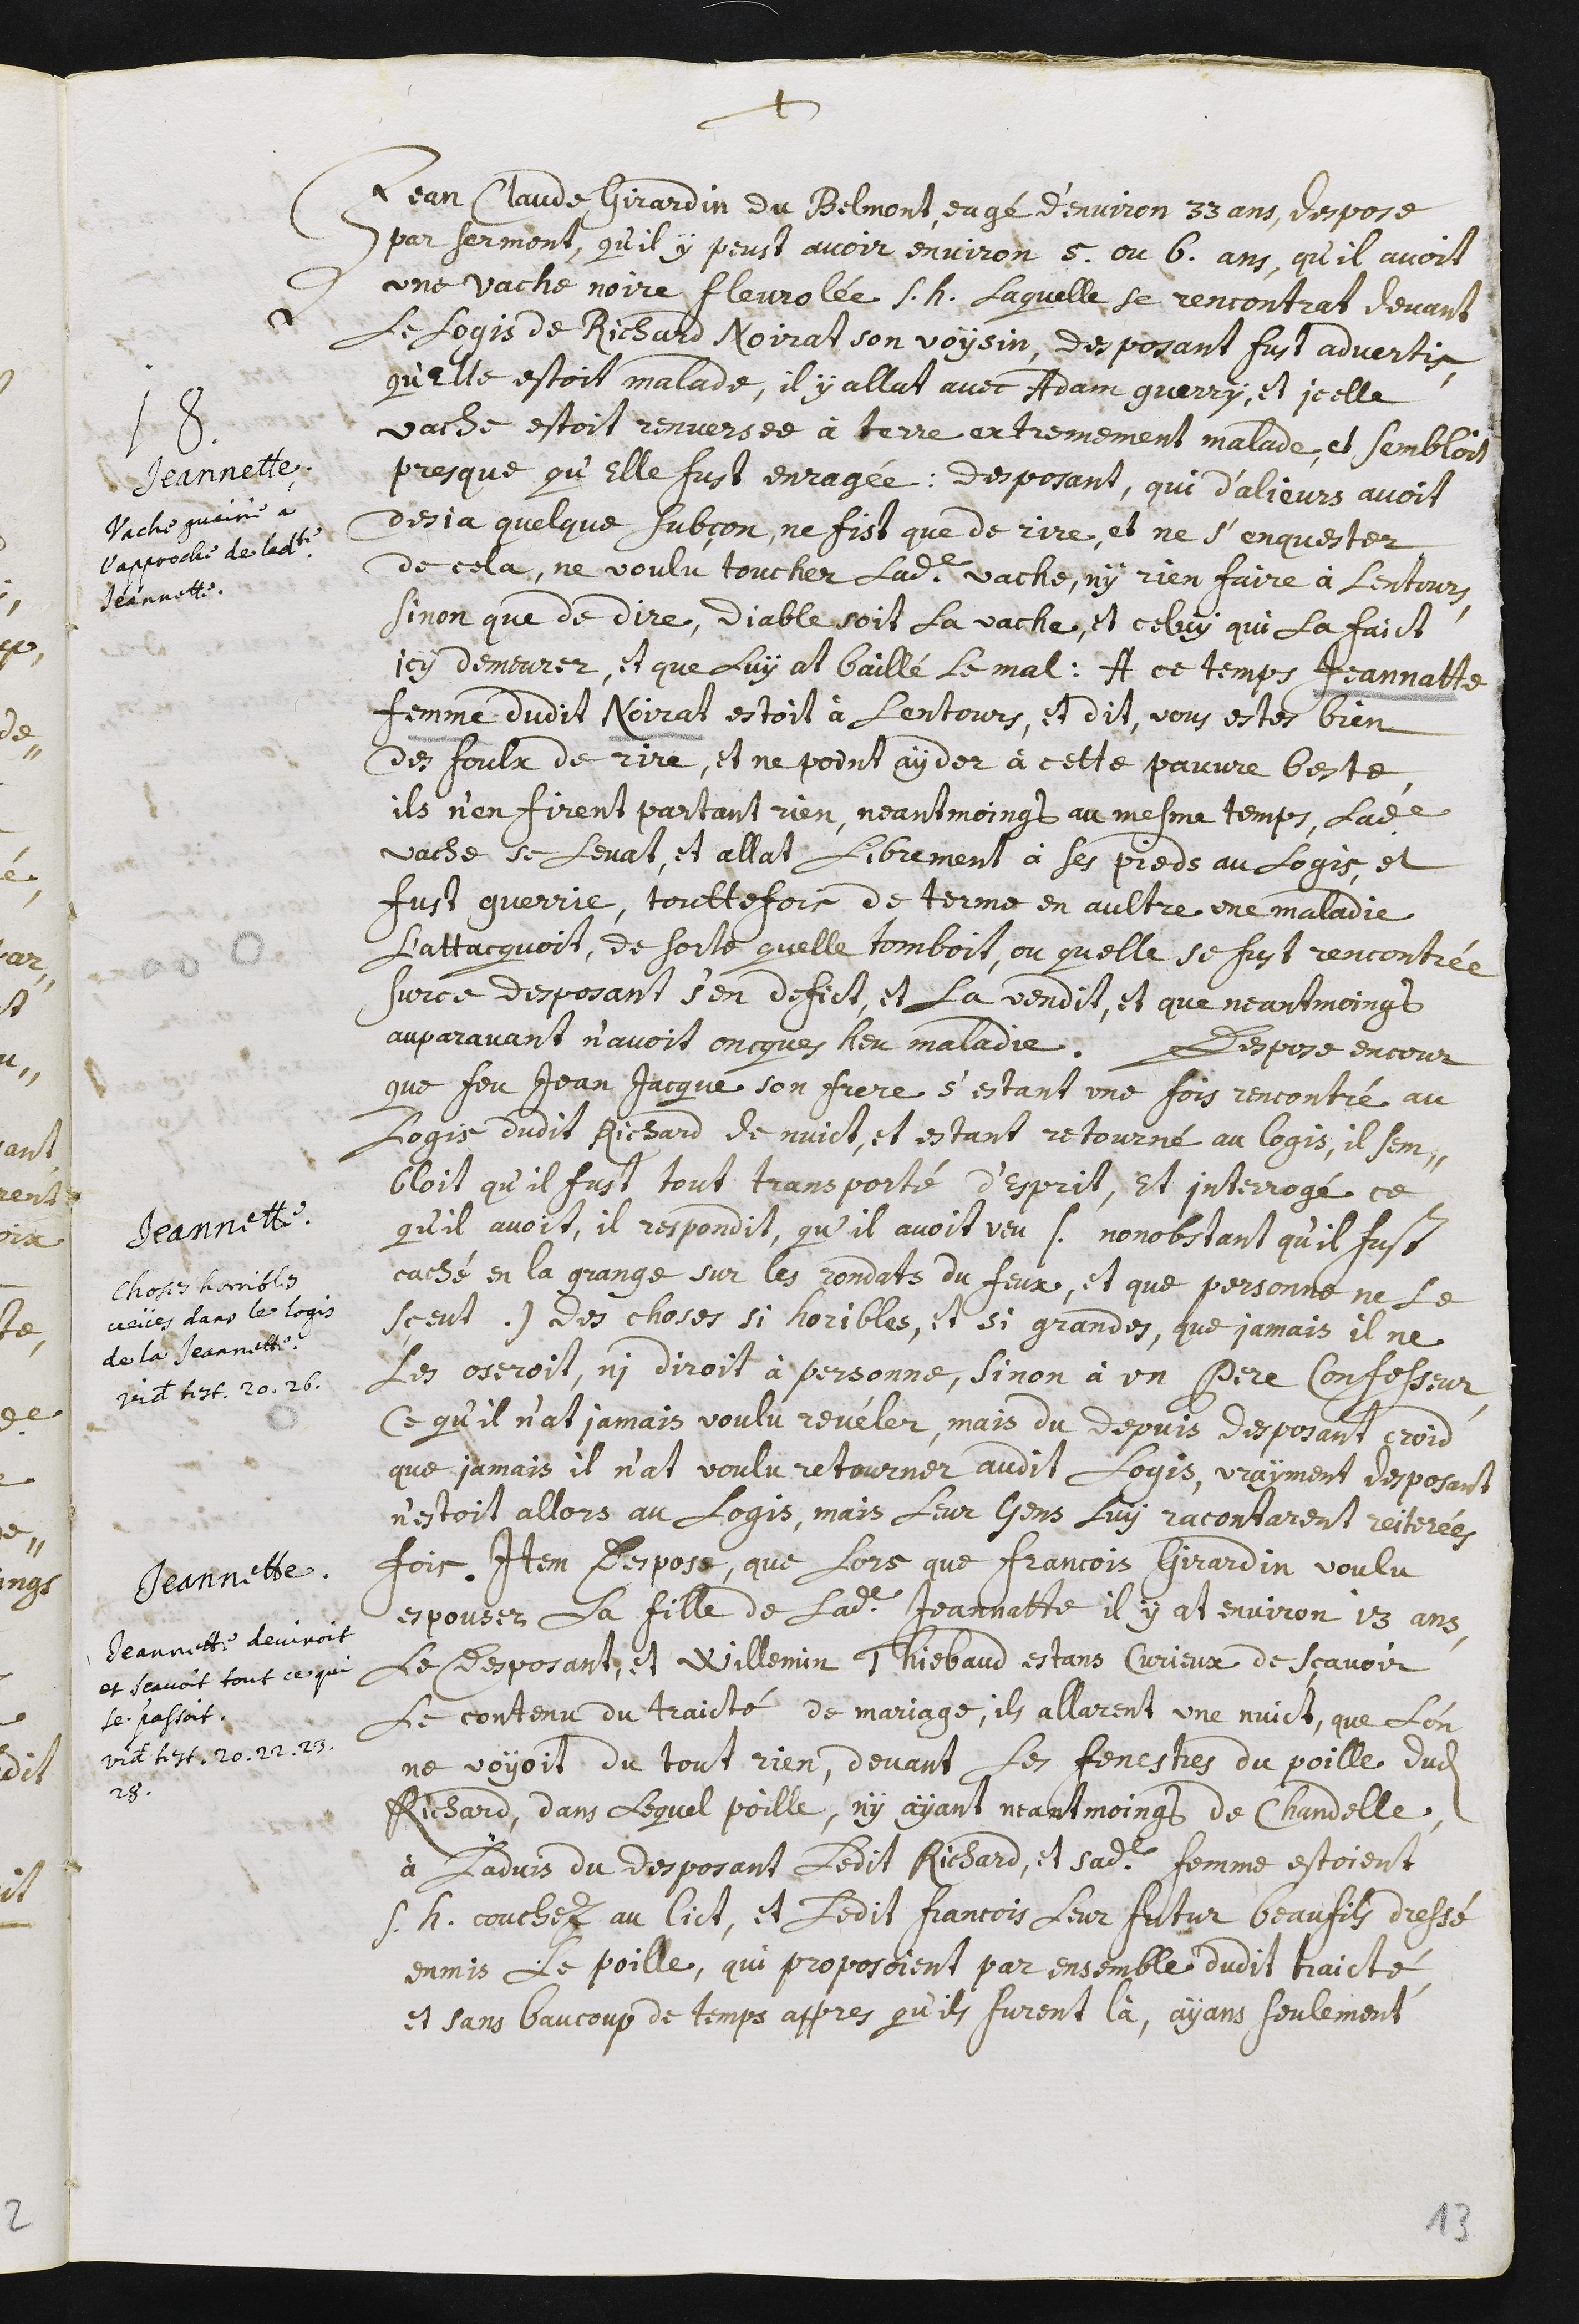
+
Jeannette
Vache gueirie à
l’approche de ladite
Jeannette
8. Jean Claude Girardin du Belmont, eagé d’environ 33 ans, despose
par serment, qu’il y peust avoir environ 5 ou 6 ans, qu’il avoit
une vache noire fleurolée s.h. laquelle se rencontrat devant
le logis de Richard Noirat son voysin. Desposant fust advertis,
qu’elle estoit malade, il y allat avec Adam Guerry, et icelle
vache estoit renversée à terre extremement malade, et sembloit
presque qu’elle fust enragée. Desposant, qui d’alieurs avoit
desia quelque subçon, ne fist que de rire, et ne s’enquester
de cela, ne voulu toucher ladite vache, ny rien faire à l’entours,
sinon que de dire, Diable soit la vache, et celuy qui la faict
icy demeurer, et que luy at baillé le mal : A ce temps Jeannatte
femme dudit Noirat estoit à l’entours, et dit, sous estes bien
des foulx de rire, et ne point ayder à cette pauvre beste,
Ils n’en firent partant rien, neantmoingt au mesme temps, ladite
vache se levat, et allat librement à ses pieds au logis, et
fust guerrie. Touttefois de terme en aultre une maladie
l’attacquoit, de sorte qu’elle tomboit, ou qu’elle se fust rencontrée.
Sur ce desposant s’en defict, et la vendit, et que neantmoingt
auparavant n’avoit oncques heu maladie.
Jeannette.
Choses horibles
veues dans le logis
de la Jeannette
Videte testimonium 20. 26.
Despose encour
que feu Jean Jacque son frere s’estant une fois rencontré au
logis dudit Richard de nuict, et estant retourné au logis, il sem-
bloit qu’il fust tout transporté d’esprit, et interrogé ce
qu’il avoit, il respondit, qu’il avoit veu /. nonobstant qu’il fust
caché en la grange sur les rondats du feux, et que personne ne se
sceut ./ des choses si horibles, et si grandes, que jamais il ne
les oseroit, ni diroit à personne, sinon à un pere confesseur,
ce qu’il n’at jamais voulu revéler. Mais du depuis desposant croid
que jamais il n’at voulu retourner audit logis, vrayment desposant
n’estoit allors au logis, mais leur gens luy racontarent reiterées
fois.
Jeannette.
Jeannette devinoit
et sçavoit tout ce qui
se passoit.
Videte testimonia 20. 22. 23.
28.
Item despose, que lors que François Girardin voulu
epouser la fille de ladite Jeannatte il y at environ 13 ans,
le desposant, et Willemin Thiebaud estans curieux de sçavoir
le contenu du traicté de mariage, ils allarent une nuict, que l’on
ne voyoit du tout rien, devant les fenestres du poille dudit
Richard. Dans lequel poille, n’y ayant neantmoingt de chandelle,
à l’advis du desposant ledit Richard, et sadite femme estoient
s.h. couchez au lict, et ledit François leur futur beaufils dressé
enmis la poille, qui proposoient par ensemble dudit traicté,
Et sans baucoup de temps appres qu’ils furent là, ayans seulement